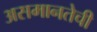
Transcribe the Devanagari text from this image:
असमानतेची